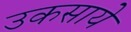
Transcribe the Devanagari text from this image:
उकसाये